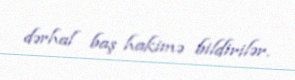
dərhal baş hakimə bildirilər.